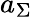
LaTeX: a_{\Sigma}